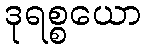
ဒုရစ္စယော